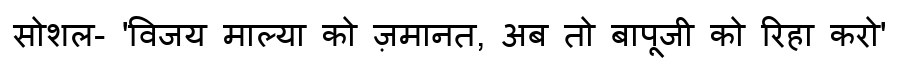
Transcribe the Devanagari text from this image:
सोशल- 'विजय माल्या को ज़मानत, अब तो बापूजी को रिहा करो'